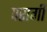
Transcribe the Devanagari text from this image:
परागी